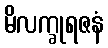
မိလက္ခုရဇနံ